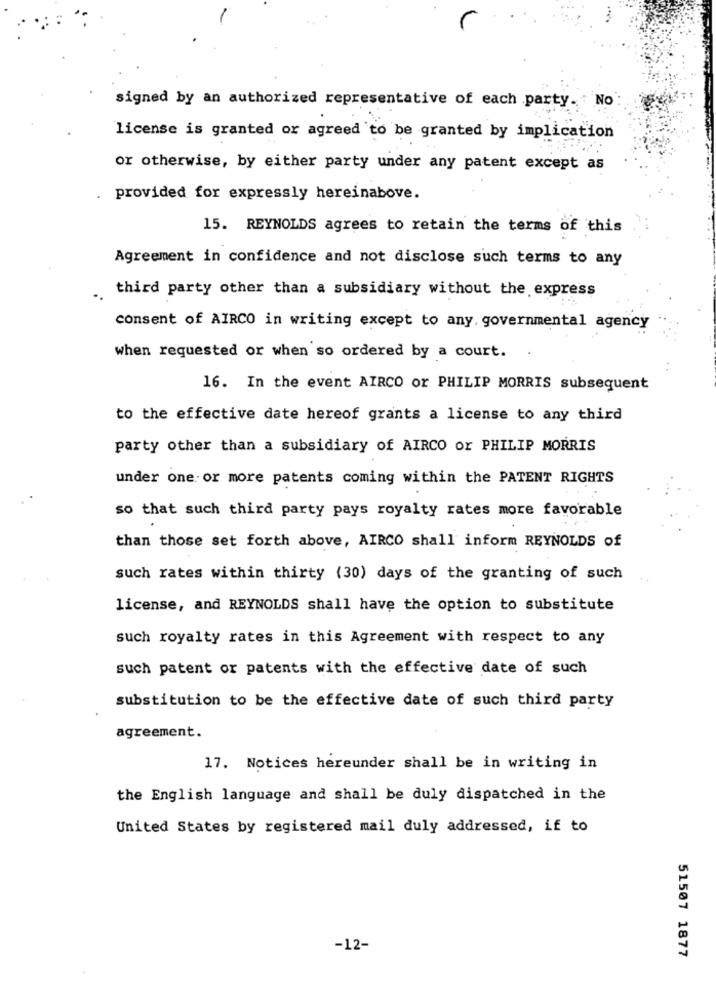
signed by an authorized representative of each party. No
license is granted or agreed to be granted by implication
or otherwise, by either party under any patent except as
.
provided for expressly hereinabove.
15. REYNOLDS agrees to retain the terms of this
Agreement in confidence and not disclose such terms to any
. third party other than a subsidiary without the express
consent of AIRCO in writing except to any, governmental agency
when requested or when so ordered by a court.
16. In the event AIRCO or PHILIP MORRIS subsequent
to the effective date hereof grants a license to any third
party other than a subsidiary of AIRCO or PHILIP MORRIS
under one or more patents coming within the PATENT RIGHTS
so that such third party pays royalty rates more favorable
than those set forth above, AIRCO shall inform REYNOLDS of
such rates within thirty (30) days of the granting of such
license, and REYNOLDS shall have the option to substitute
such royalty rates in this Agreement with respect to any
such patent or patents with the effective date of such
substitution to be the effective date of such third party
agreement.
17. Notices hereunder shall be in writing in
the English language and shall be duly dispatched in the
United States by registered mail duly addressed, if to
-12-
51507 1877